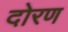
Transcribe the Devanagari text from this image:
दोरण